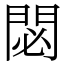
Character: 閟